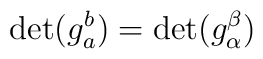
\det(g_{a}^{b})=\det(g_{\alpha}^{\beta})